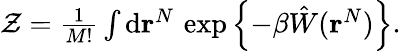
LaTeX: \begin{array}{r}{\mathcal{Z}=\frac{1}{M!}\int\mathrm{d}\mathbf{r}^{N}\, \exp\left\{ -\beta\hat{W}(\mathbf{r}^{N})\right\} .}\end{array}